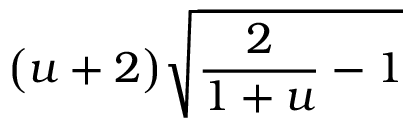
\big ( u + 2 \big ) \sqrt { \frac { 2 } { 1 + u } - 1 }